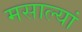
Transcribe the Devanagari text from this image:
मसाल्यां